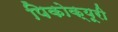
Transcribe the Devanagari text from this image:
पिकोक्यूरी